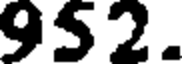
952.